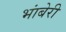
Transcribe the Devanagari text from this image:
भांबेरी